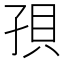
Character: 孭